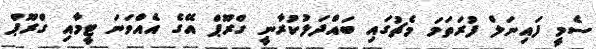
ސެމީ ފައިނަލް ފުރަތަމަ މެޗުގައި ބައްދަލުކުރާނީ ގްރޫޕް އޭގެ އެއްވަނަ ޓީމާއި ގްރޫޕް